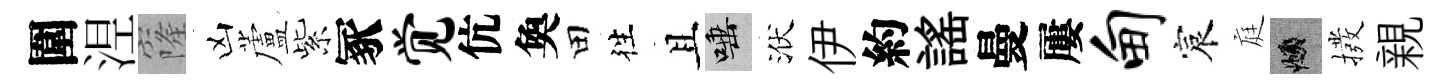
圍𣵀窿凶蘆紫冢觉伉奐田徃且唾洑伊約謡曼屢甸宸庭頫撥親